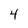
Character: 4